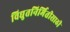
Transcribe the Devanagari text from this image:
विद्युतनिर्मितीसाठी